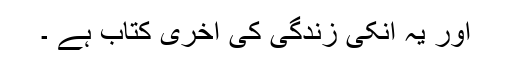
اور یہ انکی زندگی کی آخری کتاب ہے ۔